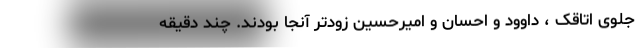
جلوی اتاقک ، داوود و احسان و امیرحسین زودتر آنجا بودند. چند دقیقه